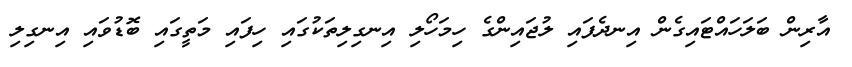
އާރިން ބަލަހައްޓައިގެން އިނދެފައި ލުޖައިންގެ ހިމަހޯލި އިނގިލިތަކުގައި ހިފައި މަތީގައި ބޮޑުވައި އިނގިލި